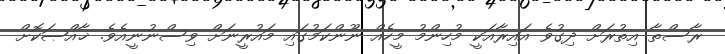
ރާސްތާ އިތުރަށް ދިގުވެ އައިރާއަކީ މުހިންމު މީހެއް ނޫންކަމުގައި މައުރީނަށް ވިސްނުނީއެވެ. ޚާއްޞަކޮށް